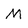
Character: M